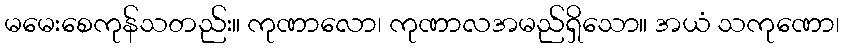
မမေးစေကုန်သတည်း။ ကုဏာလော၊ ကုဏာလအမည်ရှိသော။ အယံ သကုဏော၊